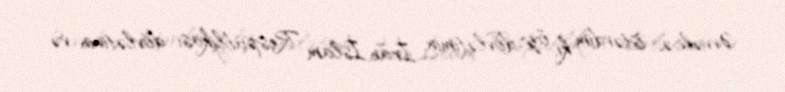
Əvvəlcə, istərdim ki, öz dövlətimin, İran İslam Respublikası dövlətinin və